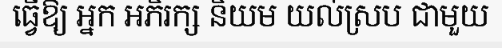
ធ្វើឱ្យ អ្នក អភិរក្ស និយម យល់ស្រប ជាមួយ